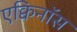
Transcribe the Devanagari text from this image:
एक्विनॉस